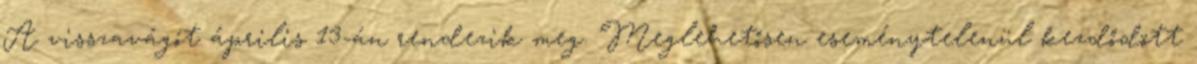
A visszavágót április 13-án rendezik meg. Meglehetősen eseménytelenül kezdődött